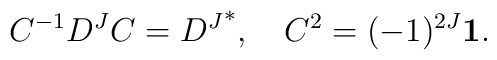
C^{-1} D^J C = {D^J}^*,\quad C^2 = (-1)^{2J}{\bf 1}.